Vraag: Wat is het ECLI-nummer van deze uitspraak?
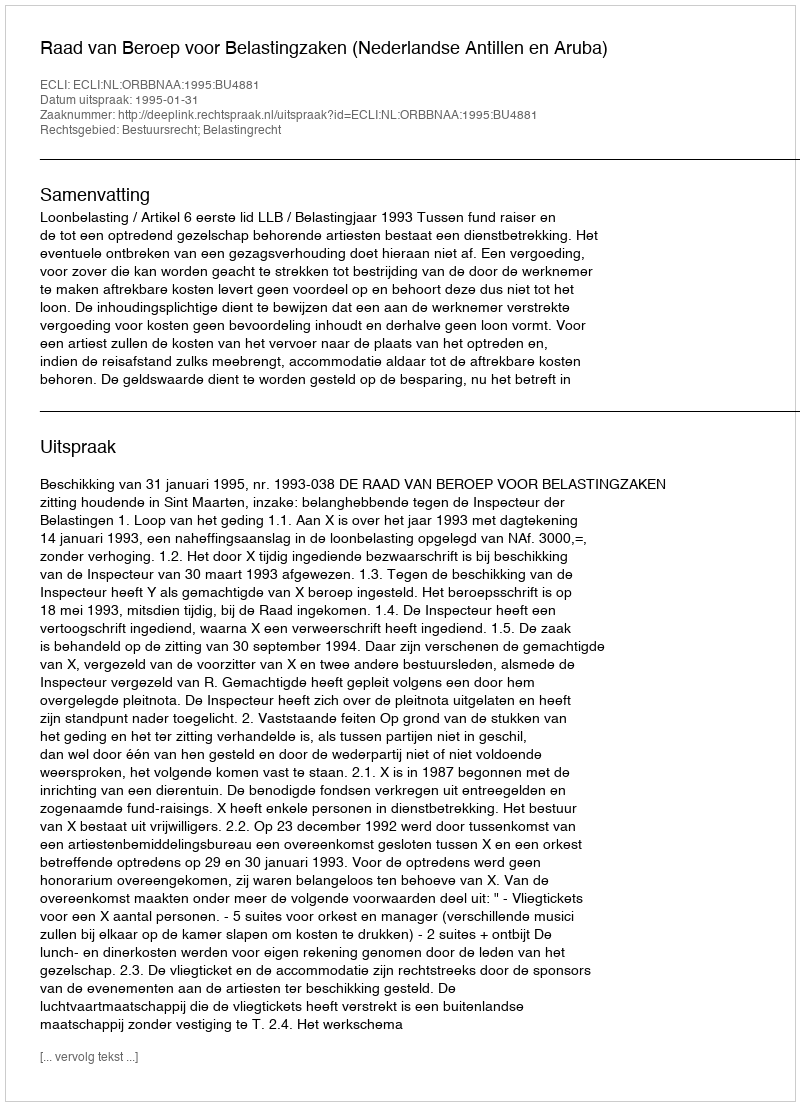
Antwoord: ECLI:NL:ORBBNAA:1995:BU4881